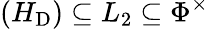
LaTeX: (H_{\mathrm{D}})\subseteq L_{2}\subseteq\Phi^{\times}